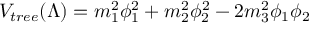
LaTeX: V _ { t r e e } ( \Lambda ) = m _ { 1 } ^ { 2 } \phi _ { 1 } ^ { 2 } + m _ { 2 } ^ { 2 } \phi _ { 2 } ^ { 2 } - 2 m _ { 3 } ^ { 2 } \phi _ { 1 } \phi _ { 2 }